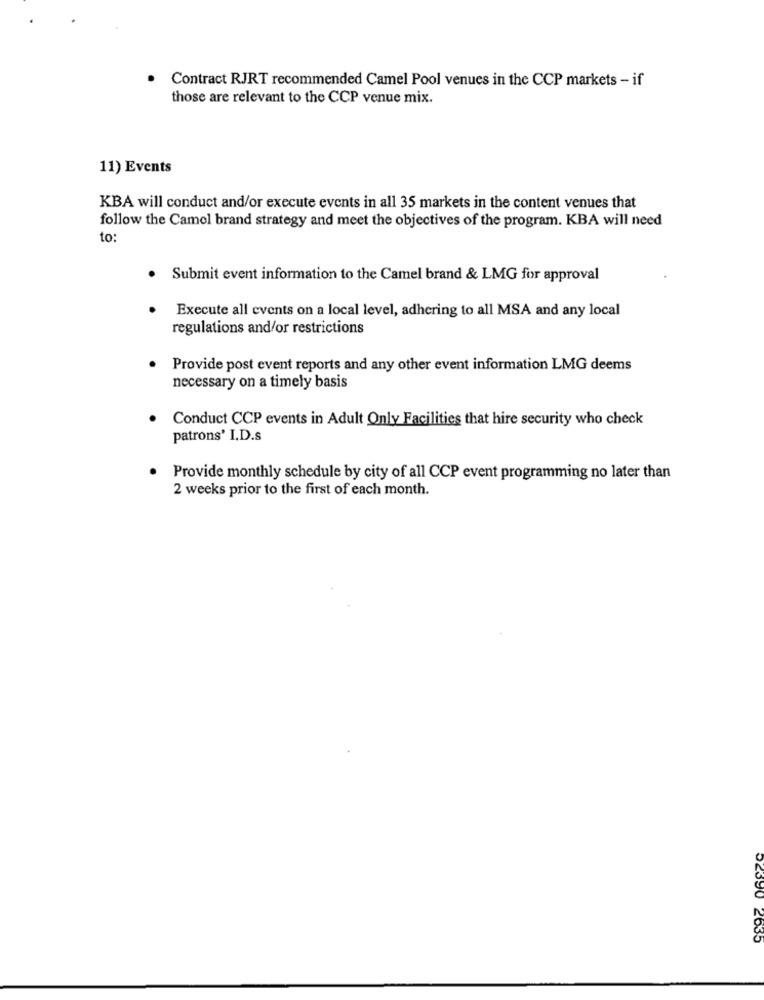
Contract RJRT recommended Camel Pool venues in the CCP markets - if
those are relevant to the CCP venue mix.
11) Events
KBA will conduct and/or execute events in all 35 markets in the content venues that
follow the Camel brand strategy and meet the objectives of the program. KBA will need
to:
. Submit event information to the Camel brand & LMG for approval
Execute all events on a local level, adhering to all MSA and any local
regulations and/or restrictions
Provide post event reports and any other event information LMG deems
necessary on a timely basis
Conduct CCP events in Adult Only Facilities that hire security who check
patrons' I.D.s
Provide monthly schedule by city of all CCP event programming no later than
2 weeks prior to the first of each month.
52390 2635